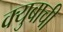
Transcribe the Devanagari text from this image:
क्युबाची